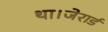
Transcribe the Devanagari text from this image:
था।जेरार्ड